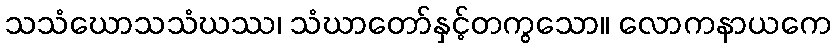
သသံဃောသသံဃဿ၊ သံဃာတော်နှင့်တကွသော။ လောကနာယကေ